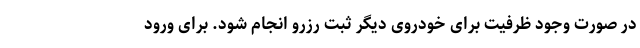
در صورت وجود ظرفیت برای خودروی دیگر ثبت رزرو انجام شود. برای ورود